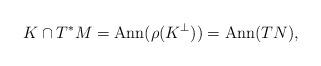
LaTeX: \begin{align*}K\cap T^*M= \mathrm{Ann}(\rho(K^\perp)) = \mathrm{Ann}(TN),\end{align*}